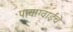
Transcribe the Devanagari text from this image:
पायाग्वाईचे